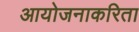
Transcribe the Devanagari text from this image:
आयोजनाकरिता